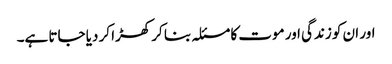
اور ان کو زندگی اور موت کا مسئلہ بنا کر کھڑا کر دیا جاتا ہے۔